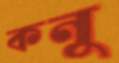
কনু